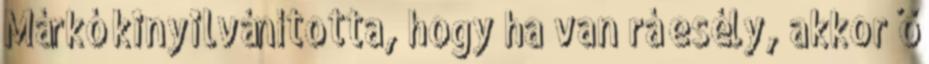
Márkó kinyilvánította, hogy ha van rá esély, akkor ő